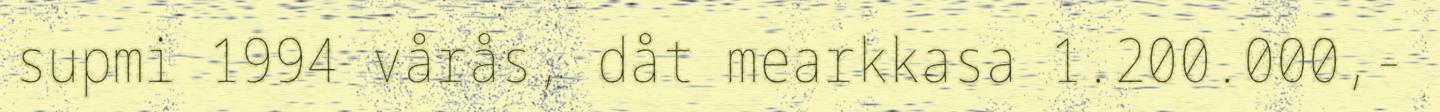
supmi 1994 vårås, dåt mearkkasa 1.200.000,-